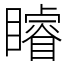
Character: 𥌑